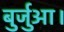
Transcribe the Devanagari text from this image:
बुर्जुआ।